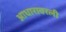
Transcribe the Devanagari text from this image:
आधारावरली